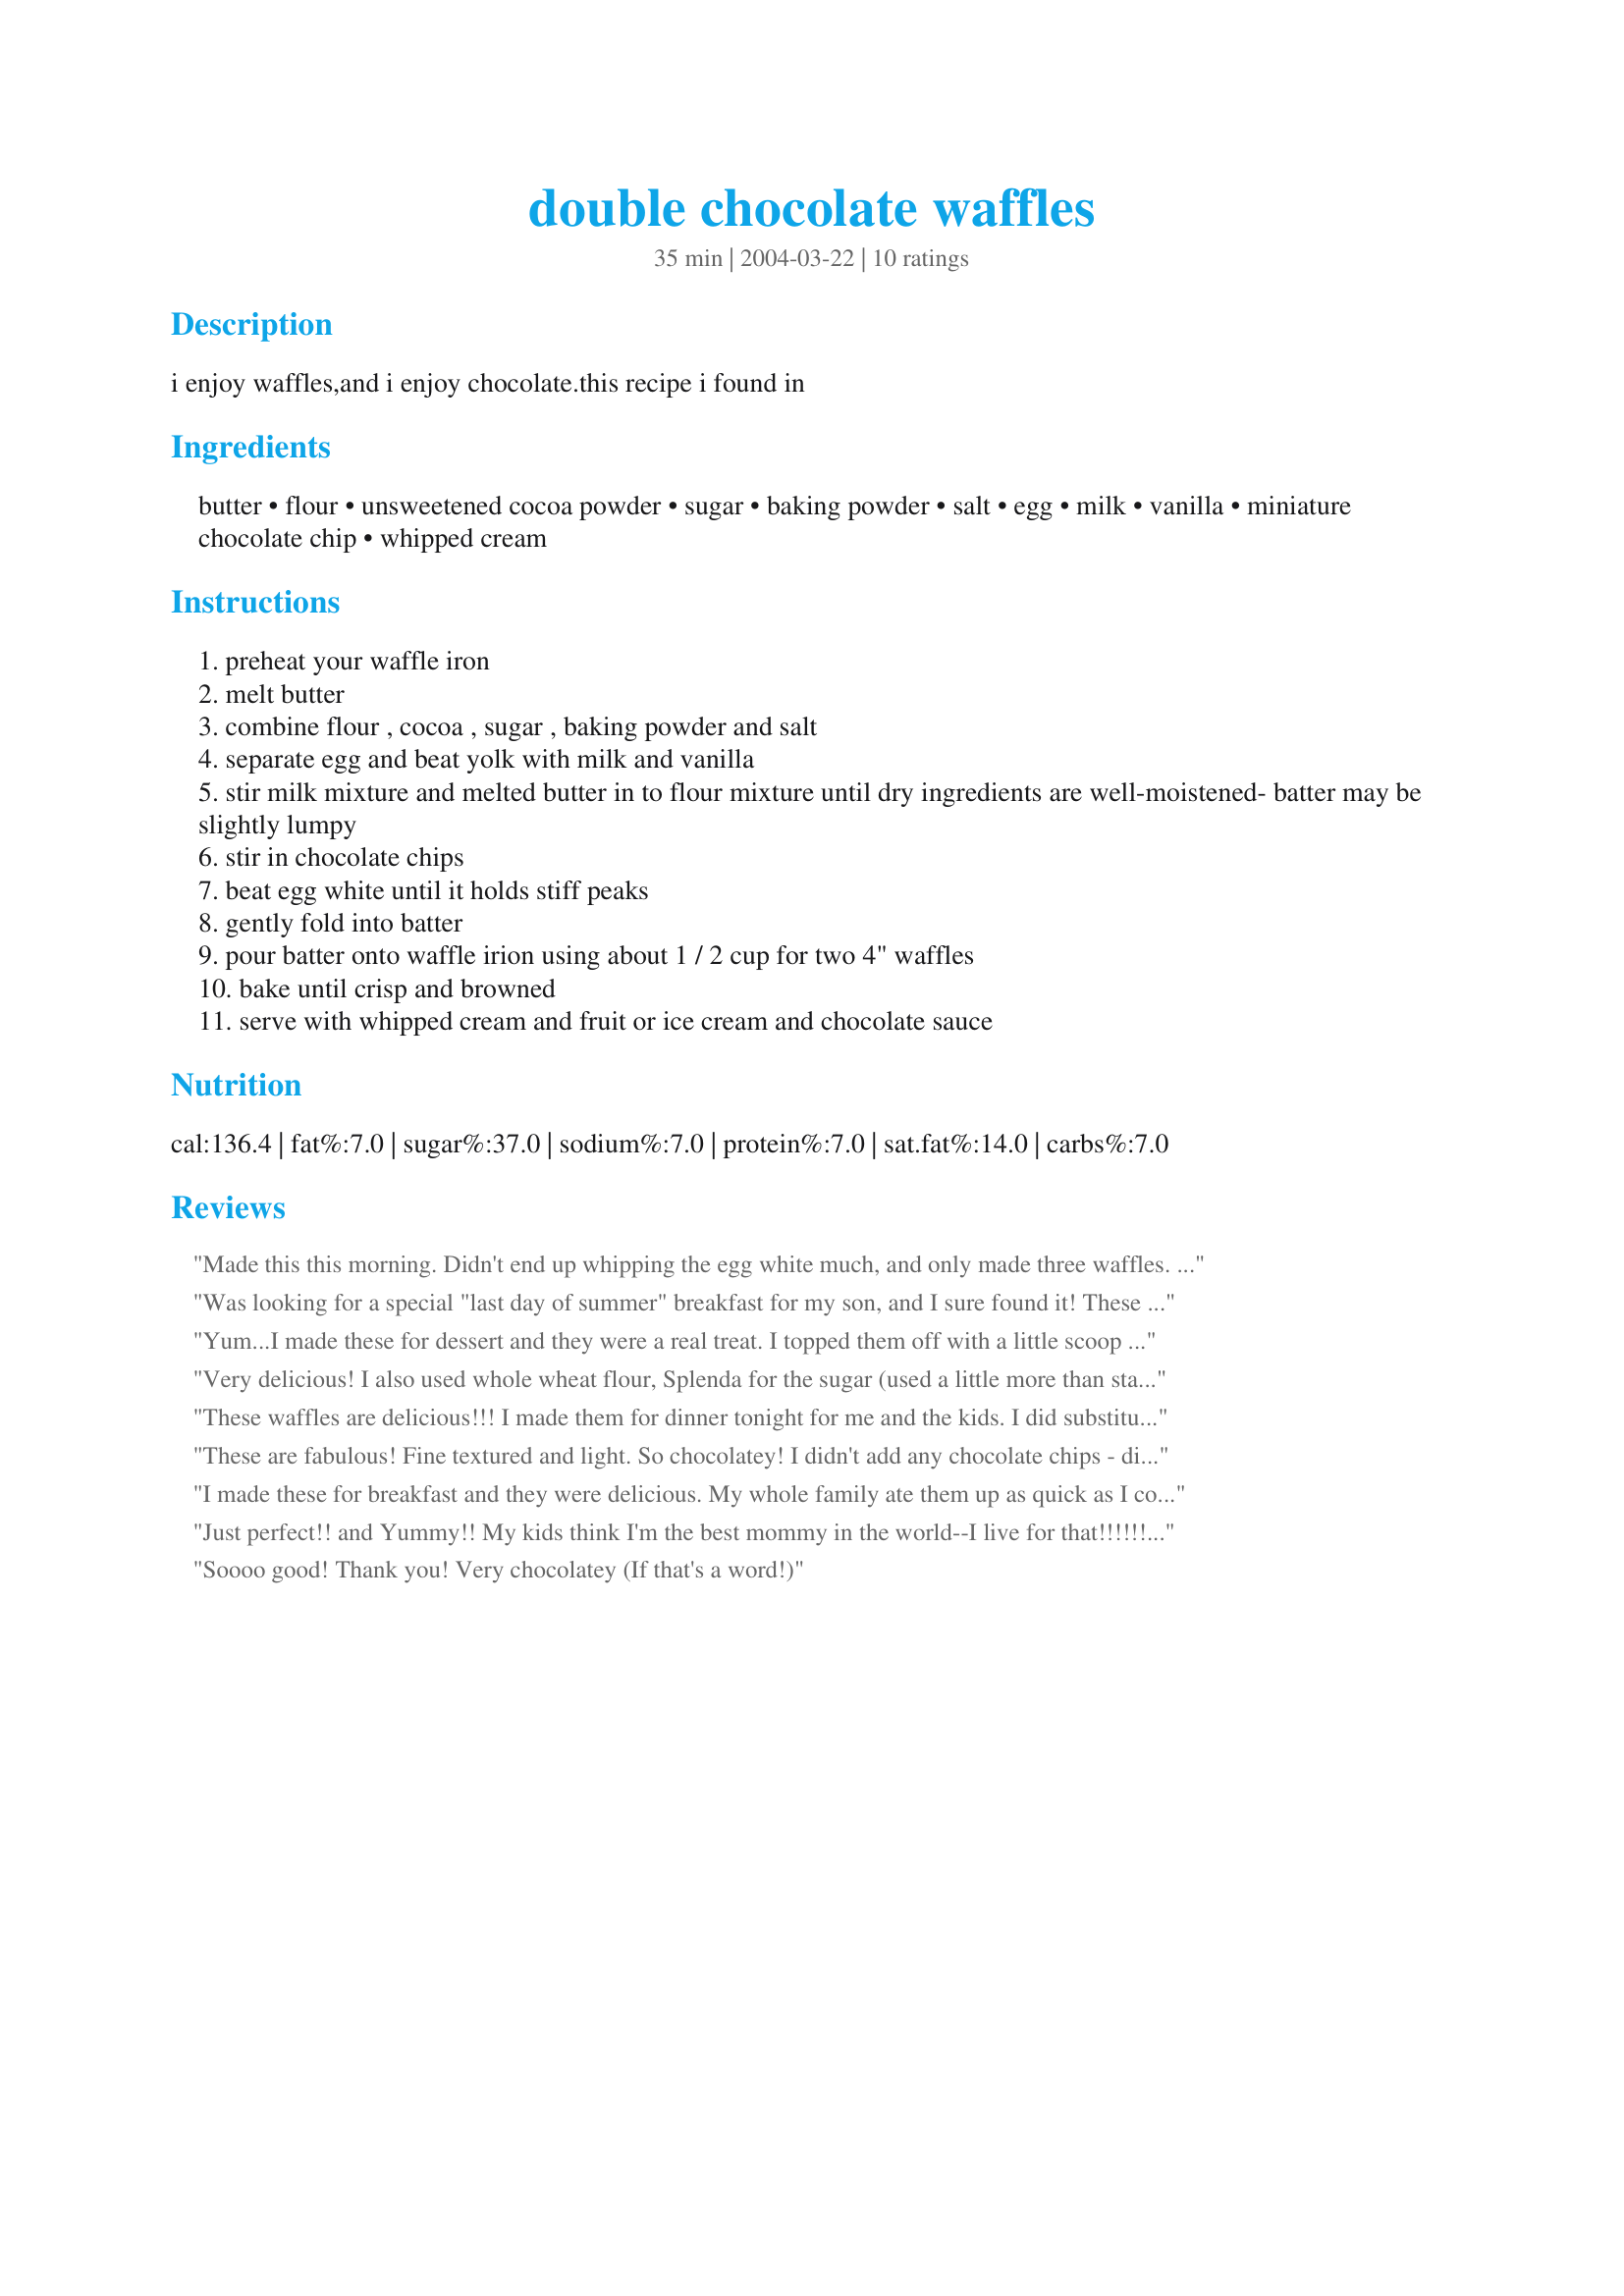
double chocolate waffles
Preparation time: 35 minutes

i enjoy waffles,and i enjoy chocolate.this recipe i found in

Ingredients:
butter, flour, unsweetened cocoa powder, sugar, baking powder, salt, egg, milk, vanilla, miniature chocolate chip, whipped cream

Steps:
preheat your waffle iron
melt butter
combine flour , cocoa , sugar , baking powder and salt
separate egg and beat yolk with milk and vanilla
stir milk mixture and melted butter in to flour mixture until dry ingredients are well-moistened- batter may be slightly lumpy
stir in chocolate chips
beat egg white until it holds stiff peaks
gently fold into batter
pour batter onto waffle irion using about 1 / 2 cup for two 4" waffles
bake until crisp and browned
serve with whipped cream and fruit or ice cream and chocolate sauce

Reviews:
Made this this morning. Didn't end up whipping the egg white much, and only made three waffles. But they were intensely chocolate, like dark chocolate. Tasty. Will double recipe next time.
Was looking for a special "last day of summer" breakfast for my son, and I sure found it! These were great - light and waffle-y - made following the directions. I didn't have mini-chips, but regular chocolate chips worked just fine. I was a bit worried about the batter sticking in the waffle iron, but had no problems. My son had these with a light dusting of powdered sugar, and I had them with cherry sauce and whipped cream..... I think I will be ready to eat again in about a month!
Yum...I made these for dessert and they were a real treat. I topped them off with a little scoop of vanilla bean ice cream, a drizzle of chocolate syrup and sliced banana. Mine never did get crisp. I like that they weren't overly sweet and didn't have tons of fat. Thanks for posting the recipe.
Very delicious! I also used whole wheat flour, Splenda for the sugar (used a little more than stated since I have a sweet tooth!). I tried them with & w/o mini choc chips (I used 2 tbsp for the whole recipe); both are delicious. I also used applesauce for the butter. I plan on topping mine w/ sliced bananas for a more delicious flavor. Thanks so much for sharing; this is exactly what I've been looking for.
These waffles are delicious!!! I made them for dinner tonight for me and the kids. I did substitute whole wheat flour for the regular and doubled the recipe adding only 1/4c miniature chocolate chips for the whole thing. We ate them with syrup on top!
These are fabulous! Fine textured and light. So chocolatey! I didn't add any chocolate chips - didn't need them. Served with a drizzle of corn syrup.
I made these for breakfast and they were delicious. My whole family ate them up as quick as I could make themI did not add the mini chips as directed, as they were choclate-y enough! My only reason for holding back a star was texture. they turned out more like cake than a waffle. But these will still be on our brunch list, as they were very good!
Just perfect!! and Yummy!! My kids think I'm the best mommy in the world--I live for that!!!!!!!! Thank you for this wonderful morning treat. I followed the directions, except had to use regular chocolate chips. The waffles were so fluffy that regular chips worked perfectly. However, I could not fit 1/2 c. of batter in the iron--I tried though (what a mess). The kids thought it was cool oozing out all over the place. We had a great laugh and a great start on the day.
Soooo good! Thank you! Very chocolatey (If that's a word!)
